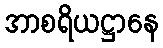
အာစရိယဋ္ဌာနေ